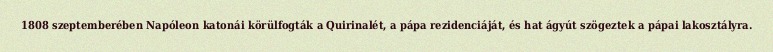
1808 szeptemberében Napóleon katonái körülfogták a Quirinalét, a pápa rezidenciáját, és hat ágyút szögeztek a pápai lakosztályra.